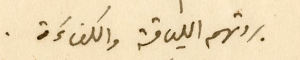
بروتهم اللياقة والكفاءَة.